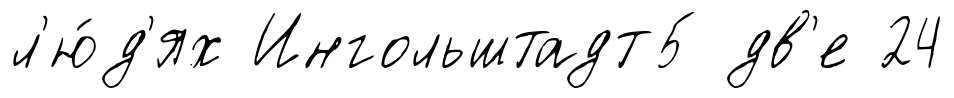
л'ю́д'ях Ингольштадт5 дв'е 24